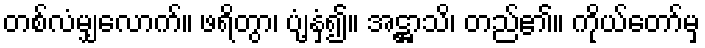
တစ်လံမျှလောက်။ ဖရိတွာ၊ ပျံ့နှံ့၍။ အဋ္ဌာသိ၊ တည်၏။ ကိုယ်တော်မှ